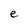
Character: e